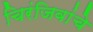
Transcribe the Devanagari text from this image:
चिरंजिवांचे